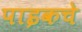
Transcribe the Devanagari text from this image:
पाइकचे